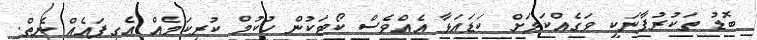
ބޮޑު ތަކުރުފާނަކީ ވަގެއްކަމަށް ކަޑައަޅާ އެއްވެސް ކޯޓަކުން ހުކުމް ކުރިކަމެއް އެގިފައެއް ނެތް.